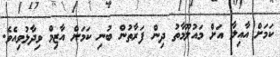
ކަމަށް އާއިލާ އަށް މައުލޫމާތު ދިން ފަރާތުން ބުނި ކަމަށް އާޒިމް ވިދާޅުވިއެވެ.